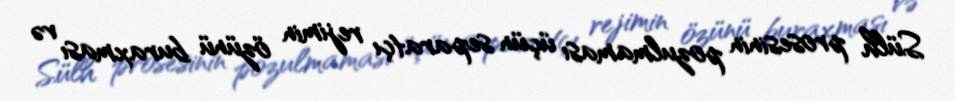
Sülh prosesinin pozulmaması üçün separatçı rejimin özünü buraxması və